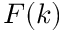
F ( k )